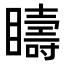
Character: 𥌆